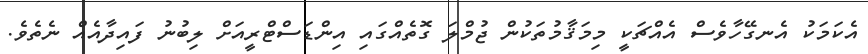
އެކަމަކު އެނގޭހާވެސް އެއްޗަކީ މިމަޤާމުތަކުން ޖުމްލަ ގޮތެއްގައި އިންޑަސްޓްރީއަށް ލިބުނު ފައިދާއެއް ނެތެވެ.